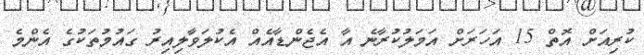
ކުރިއަށް އޮތް 15 އަހަރަށް އަމަލުކުރާނެ އާ އެޖެންޑާއެއް އެކުލަވާލިއިރު ގައުމުތަކުގެ އެންމެ